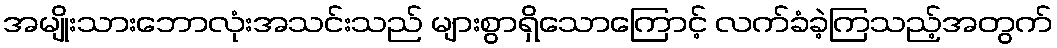
အမျိုးသားဘောလုံးအသင်းသည် များစွာရှိသောကြောင့် လက်ခံခဲ့ကြသည့်အတွက်